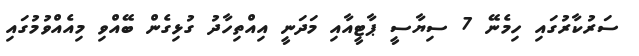
ސަރުކާރުގައި ހިމެނޭ 7 ސިޔާސީ ޕާޓީއާއި މަދަނީ އިއްތިހާދު ގުޅިގެން ބޭއްވި މިއެއްވުމުގައި